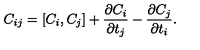
C _ { i j } = [ C _ { i } , C _ { j } ] + \frac { \partial C _ { i } } { \partial t _ { j } } - \frac { \partial C _ { j } } { \partial t _ { i } } .